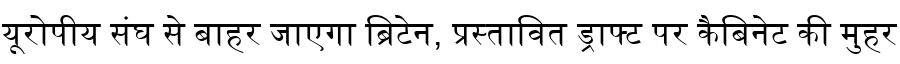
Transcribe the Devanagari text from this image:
यूरोपीय संघ से बाहर जाएगा ब्रिटेन, प्रस्तावित ड्राफ्ट पर कैबिनेट की मुहर